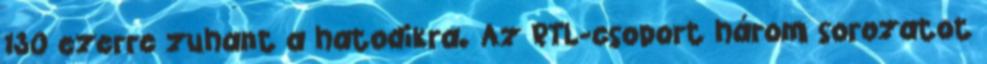
130 ezerre zuhant a hatodikra. Az RTL-csoport három sorozatot